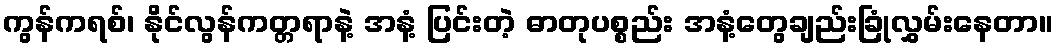
ကွန်ကရစ်၊ နိုင်လွန်ကတ္တရာနဲ့ အနံ့ ပြင်းတဲ့ ဓာတုပစ္စည်း အနံ့တွေချည်းခြုံလွှမ်းနေတာ။